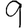
Digit: 9